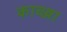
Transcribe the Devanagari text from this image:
काब्ज्जा